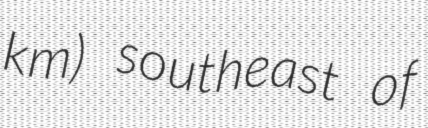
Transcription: km) southeast of